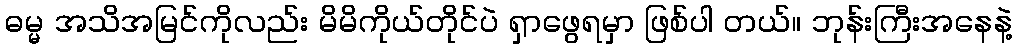
ဓမ္မ အသိအမြင်ကိုလည်း မိမိကိုယ်တိုင်ပဲ ရှာဖွေရမှာ ဖြစ်ပါ တယ်။ ဘုန်းကြီးအနေနဲ့